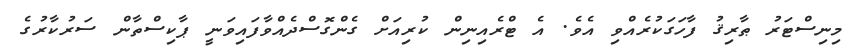
މިނިސްޓަރު ޠާރިޤު ފާހަގަކުރެއްވި އެވެ. އެ ޓްރެއިނިން ކުރިއަށް ގެންގޮސްދެއްވާފައިވަނީ ޕާކިސްތާން ސަރުކާރުގެ